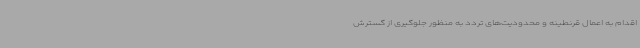
اقدام به اعمال قرنطینه و محدودیت‌های تردد به منظور جلوگیری از گسترش